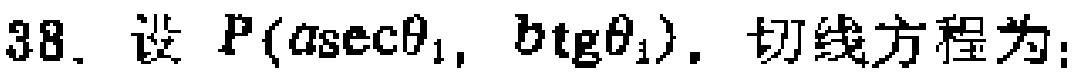
38. 设 \(P(a\sec\theta_1, b\operatorname{tg}\theta_1)\). 切线方程为: